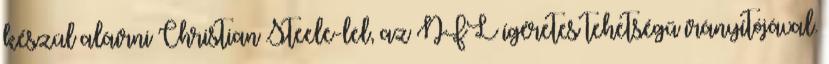
készül aláírni Christian Steele-lel, az NFL ígéretes tehetségű irányítójával.